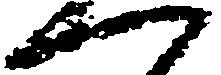
一